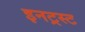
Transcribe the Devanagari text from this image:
इनट्रस्ट